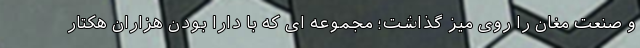
و صنعت مغان را روی میز گذاشت؛ مجموعه ای که با دارا بودن هزاران هکتار